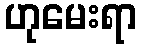
ဟုမေးရာ